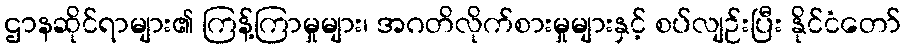
ဌာနဆိုင်ရာများ၏ ကြန့်ကြာမှုများ၊ အဂတိလိုက်စားမှုများနှင့် စပ်လျဉ်းပြီး နိုင်ငံတော်